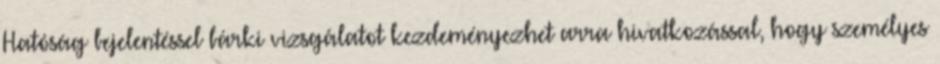
Hatóság bejelentéssel bárki vizsgálatot kezdeményezhet arra hivatkozással, hogy személyes